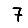
Digit: 7